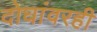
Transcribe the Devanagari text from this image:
दोघांवरही